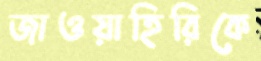
জাওয়াহিরিকে